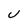
Character: U